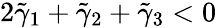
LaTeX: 2\tilde{\gamma}_{1}+\tilde{\gamma}_{2}+\tilde{\gamma}_{3}<0